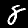
Digit: 8